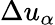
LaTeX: \Delta u_{\alpha}